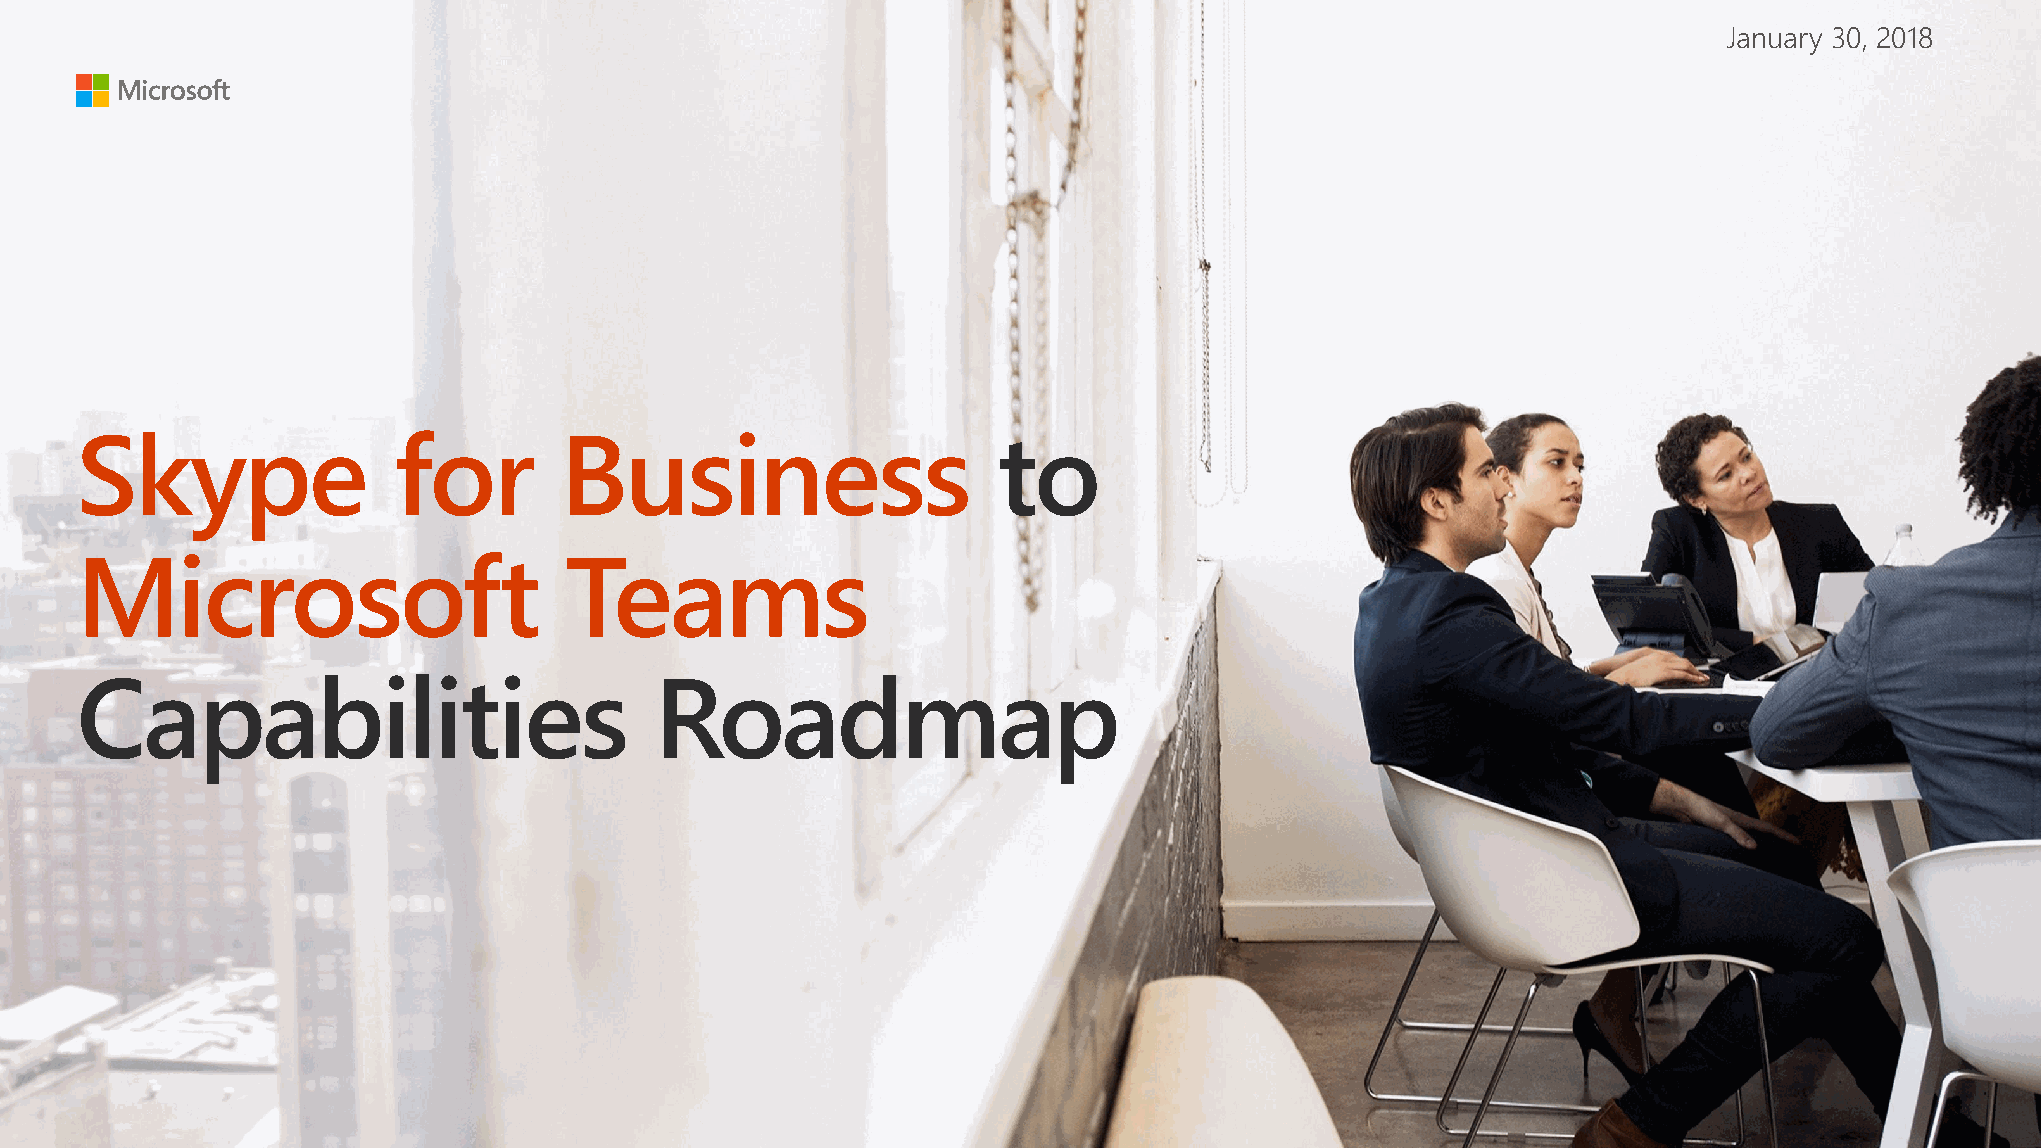
January 30, 2018
 Skype                for        Business                     to
 Microsoft                       Teams
 Capabilities                          Roadmap
 R168
 G0
 B0
 R92
 G0 B92
 R50
 G20
 B90
 R0
 G32 B80
 R0
 G75
 B80
 R0
 G75 B28
 Dark
 Red
 Dark
 Magenta
 Dark
 Purple
 Dark
 Blue
 Dark
 Teal
 Dark
 Green
 R0
 G24 B143
 Mid
 Blue
 R255
 G185
 B0
 R216
 G59
 B1
 R232
 G17
 B35
 R180
 G0 B158
 R92
 G45
 B145
 R0
 G120 B215
 R0
 G130
 B114
 R16
 G124
 B16
 Yellow
 Orange
 Red
 Magenta
 Purple
 Blue
 Teal
 Green
 R255
 G241
 B0
 R255
 G140
 B0
 R227
 G0 B140
 R180
 G160
 B255
 R0
 G188 B242
 R0
 G178
 B148
 R186
 G216
 B10
 Light
 Yellow
 Light
 Orange
 Light
 Magenta
 Light
 Purple
 Light
 Blue
 Light
 Teal
 Light
 Green
 R255
 G255
 B255
 R230
 G230
 B230
 R210
 G210
 B210
 R115
 G115
 B115
 R80
 G80
 B80
 R0
 G0 B0
 White
 Light
 Gray
 Gray
 Mid
 Gray
 Dark
 Gray
 Rich
 Black